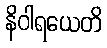
နိဝါရယေတိ